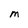
Character: M